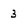
Character: 3